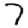
Digit: 7